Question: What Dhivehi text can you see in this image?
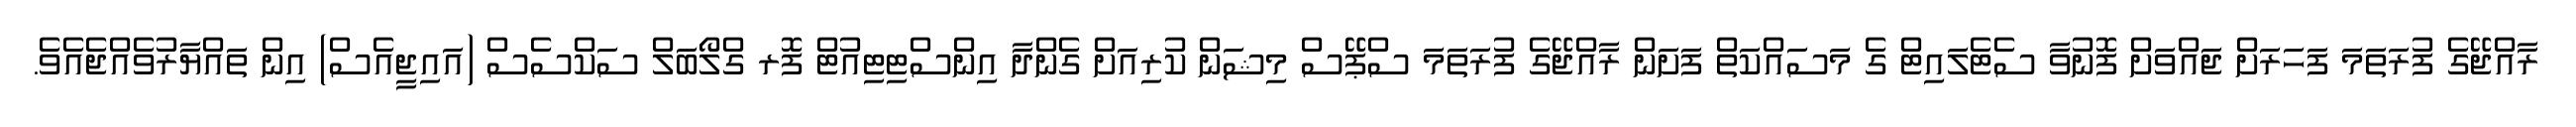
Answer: ރާއްޖޭގެ ފުރަތަމަ ފަހަރަށް ޖައްވަށް ފޮނުވާ ސެޓެލައިޓް ގެ މަސައްކަތް ފަށަން ރާއްޖޭގެ ފުރަތަމަ ސްޕޭސް މިޝަން ކުރިއަށް ގެންދާ އިންސްޓިޓިއުޓް ފޮރ ގްލޯބަލް ސަކްސެސް (އައިޖީއެސް) އިން ތައްޔާރުވެއްޖެއެވެ.